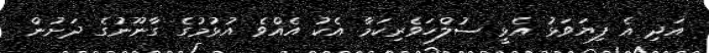
އަދި އެ ފިޔަވަޅު އެޅީ ސުލްހަވެރިކަމާ އެކު އެއްވެ އުޅުމުގެ ގާނޫނުގެ ދަށުން